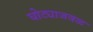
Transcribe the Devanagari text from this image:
घोट्याजवळ